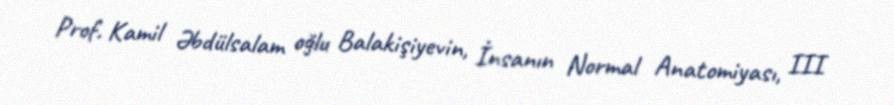
Prof. Kamil Əbdülsalam oğlu Balakişiyevin, İnsanın Normal Anatomiyası, III